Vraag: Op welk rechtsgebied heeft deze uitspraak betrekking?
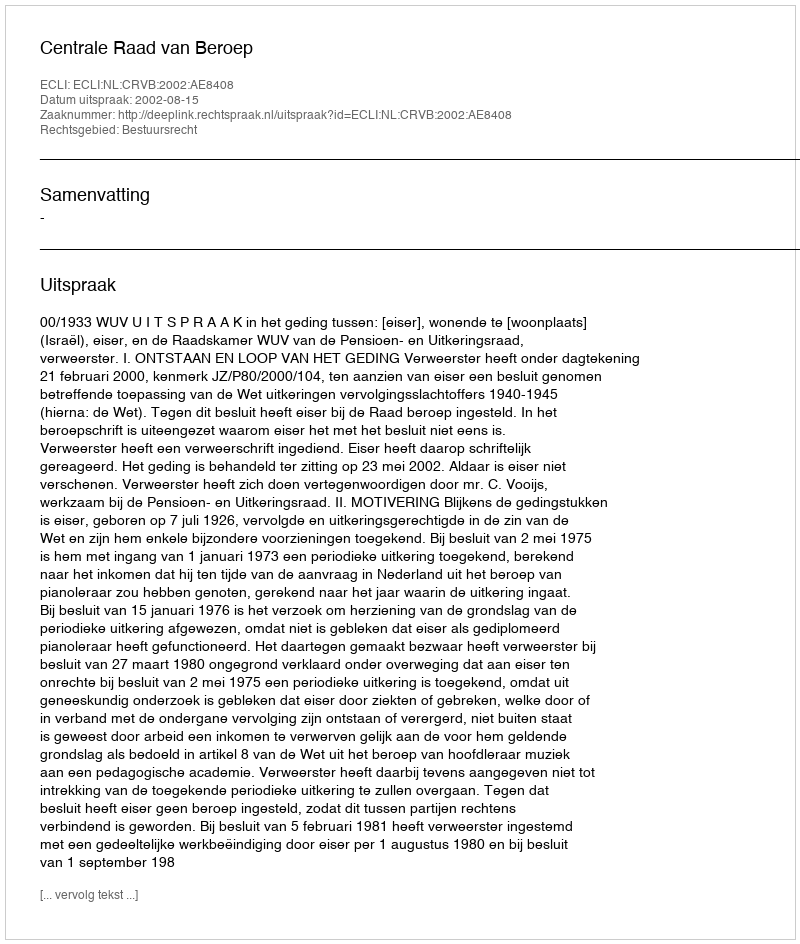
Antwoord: Bestuursrecht